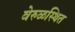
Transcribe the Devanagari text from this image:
वेरुळस्थित